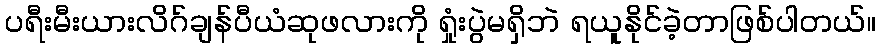
ပရီးမီးယားလိဂ်ချန်ပီယံဆုဖလားကို ရှုံးပွဲမရှိဘဲ ရယူနိုင်ခဲ့တာဖြစ်ပါတယ်။